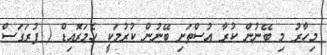
މިހާރު މި ބޭނުން ކުރާ އުސްތަށި ބޭނުން ކުރުމަކީ ހެމަރޮއިޑް ( ފުރަގަސް